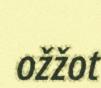
ožžot